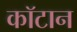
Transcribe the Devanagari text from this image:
कॉटान